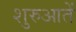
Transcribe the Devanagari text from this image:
शुरुआतें